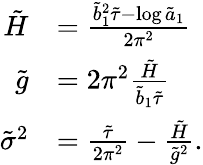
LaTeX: \begin{array}{rl}{\tilde{H}}&{=\frac{\tilde{b}_{1}^{2}\tilde{\tau}-\log\tilde{a}_{1}}{2\pi^{2}}}\\ {\tilde{g}}&{=2\pi^{2}\frac{\tilde{H}}{\tilde{b}_{1}\tilde{\tau}}}\\ {\tilde{\sigma}^{2}}&{=\frac{\tilde{\tau}}{2\pi^{2}}-\frac{\tilde{H}}{\tilde{g}^{2}}.}\end{array}